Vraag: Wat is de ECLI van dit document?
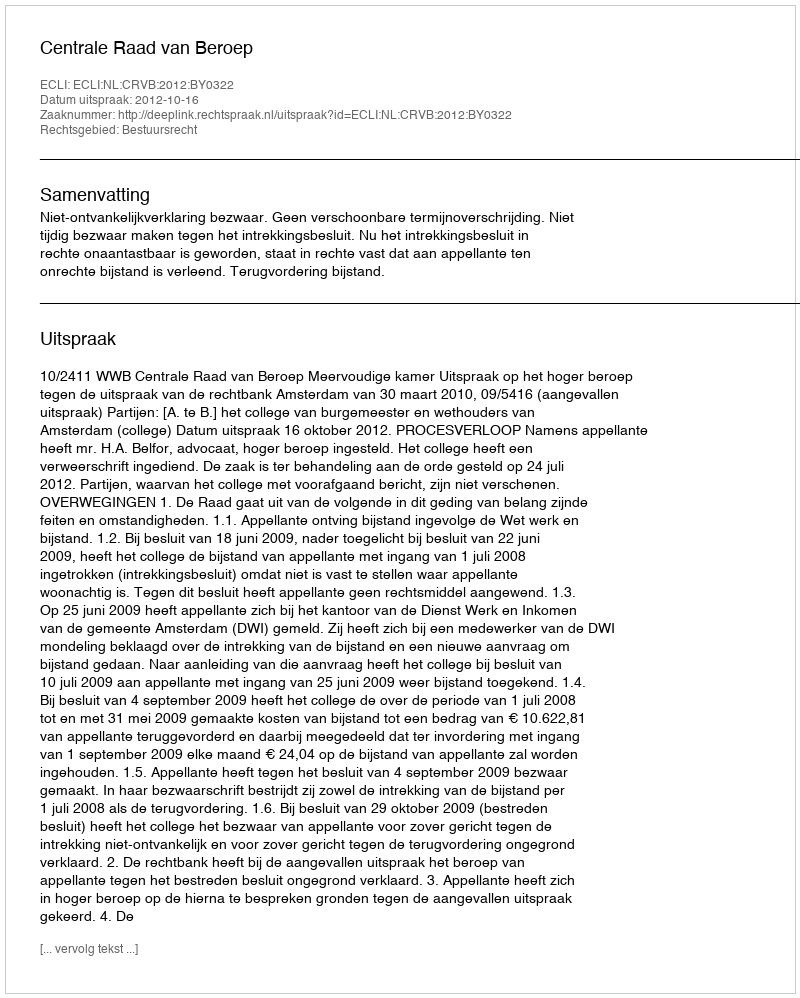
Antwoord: ECLI:NL:CRVB:2012:BY0322